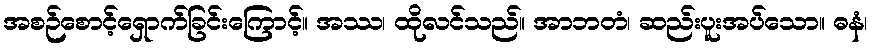
အစဉ်စောင့်ရှောက်ခြင်းကြောင့်။ အဿ၊ ထိုလင်သည်။ အာဘတံ၊ ဆည်းပူးအပ်သော။ ဓနံ၊